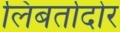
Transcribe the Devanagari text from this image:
लिबर्तादोर